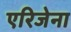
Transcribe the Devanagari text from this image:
एरिजेना